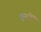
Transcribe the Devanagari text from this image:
बून्दों